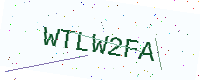
Text: WTLW2FA